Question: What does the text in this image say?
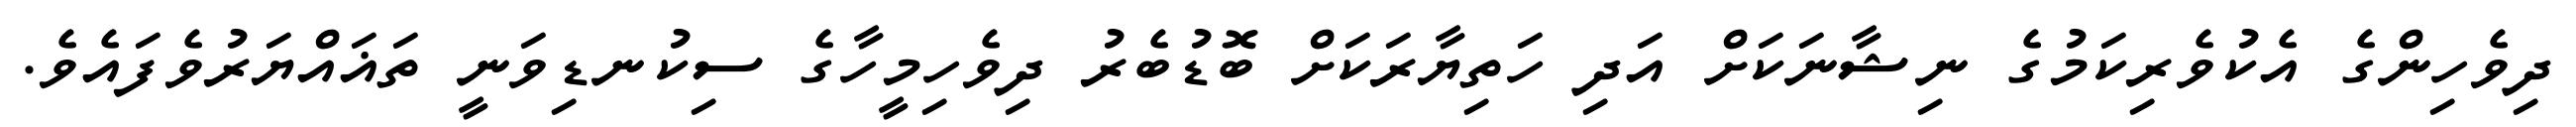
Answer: ދިވެހިންގެ އެކުވެރިކަމުގެ ނިޝާނަކަށް އަދި ހަތިޔާރަކަށް ބޮޑުބެރު ދިވެހިމީހާގެ ސިކުނޑިވަނީ ތަޣައްޔަރުވެފައެވެ.